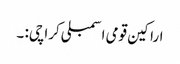
اراکین قومی اسمبلی کراچی: ۔